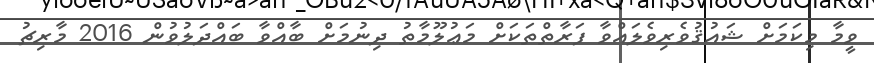
ވީމާ މިކަމަށް ޝައުޤުވެރިވެލައްވާ ފަރާތްތަކަށް މަޢުލޫމާތު ދިނުމަށް ބާއްވާ ބައްދަލުވުން 2016 މާރިޗު